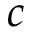
c